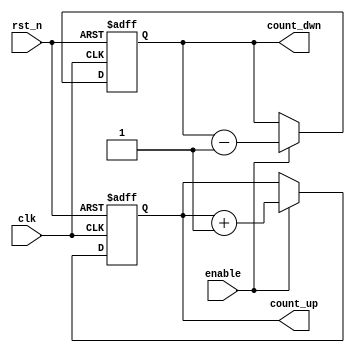
`timescale 1ns / 1ps
//////////////////////////////////////////////////////////////////////////////////
// Company: 
// Engineer: 
// 
// Design Name: 
// Module Name: Counter_Nbit
// Project Name: 
// Target Devices: 
// Tool Versions: 
// Description: 
// 
// Dependencies: 
// 
// Revision:
// Revision 0.01 - File Created
// Additional Comments:
// 
//////////////////////////////////////////////////////////////////////////////////


module Counter_Nbit #(
    parameter COUNT_WIDTH=3
    )(
    output reg [COUNT_WIDTH-1:0] count_up,
    output reg [COUNT_WIDTH-1:0] count_dwn,
    input  enable,
    input  rst_n,
    input  clk
    );
    //count up
    always @(posedge clk or negedge rst_n)
        if(~rst_n) begin
            count_up<=0;
        end
        else begin 
            if(enable) begin
                count_up<=count_up+1;
            end
            else begin
                count_up<=count_up;
            end
        end
        
    //count down
    always @(posedge clk or negedge rst_n)
        if(~rst_n) begin
            count_dwn<=(1'b1<<COUNT_WIDTH)-1;
        end
        else begin
            if(enable) begin
                count_dwn<=count_dwn-1;
            end
            else begin
                count_dwn<=count_dwn;
            end
        end
        
endmodule